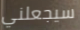
سيجعلني